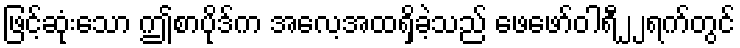
ဖြင့်ဆုံးသော ဤစာပိုဒ်က အလေ့အထရှိခဲ့သည် ဖေဖော်ဝါရီ၂၂ရက်တွင်